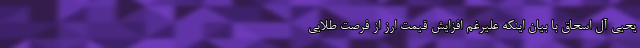
یحیی آل اسحاق با بیان اینکه علیرغم افزایش قیمت ارز از فرصت طلایی